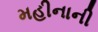
મહીનાની